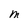
Character: M